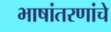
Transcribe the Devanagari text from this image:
भाषांतरणांचे